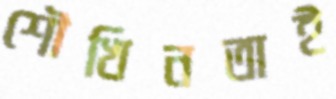
শৌখিনতাই